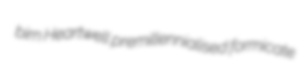
birn Heartwell premillennialised formicate